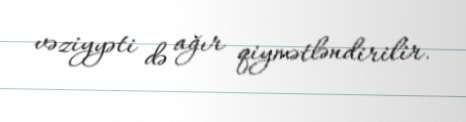
vəziyyəti də ağır qiymətləndirilir.